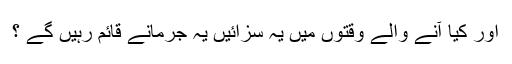
اور کیا آنے والے وقتوں میں یہ سزائیں یہ جرمانے قائم رہیں گے ؟